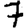
Digit: 7